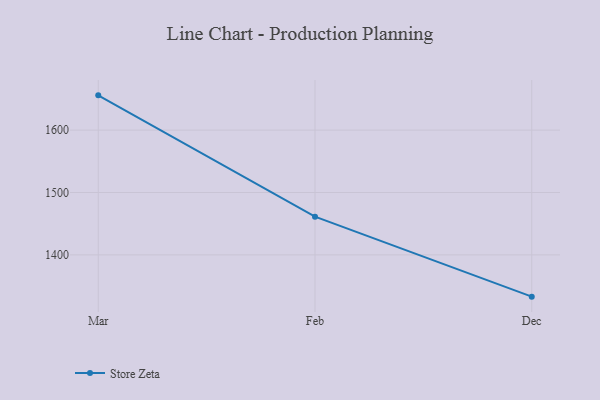
{"axis": {"x": "Month", "y": "Latency (ms)"}, "legend": ["Store Zeta"], "data": [{"x": "Mar", "y": 1655.7, "type": "Store Zeta"}, {"x": "Feb", "y": 1461.3, "type": "Store Zeta"}, {"x": "Dec", "y": 1333.1, "type": "Store Zeta"}]}